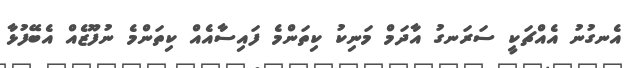
އެނގުނު އެއްޗަކީ ސަރަނގު އާދަމް މަނިކު ކިތަންމެ ފައިސާއެއް ކިތަންމެ ނުފޫޒެއް އެބޭފުޅާ